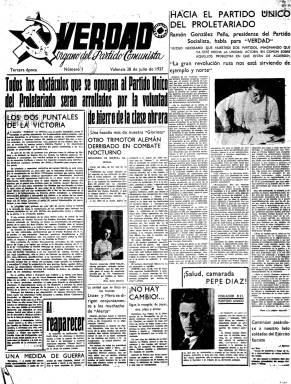
Título: Verdad (Valencia)
Colección: Guerra civil || Periódicos
Ámbito geográfico: Valencia
Lugar de publicación: Valencia
Fechas: 28/07/1937-01/11/1938